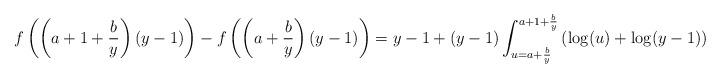
LaTeX: \begin{align*}f\left(\left(a+1+\frac{b}{y}\right)(y-1)\right)-f\left(\left(a+\frac{b}{y}\right)(y-1)\right)&= y-1+(y-1)\int_{u=a+\frac by}^{a+1+\frac by} \left(\log(u)+\log(y-1)\right) \d u.\end{align*}